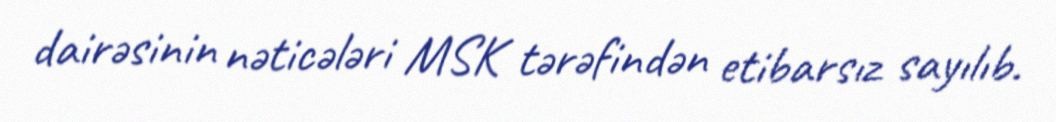
dairəsinin nəticələri MSK tərəfindən etibarsız sayılıb.